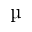
\mathrm { \textmu }